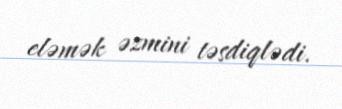
eləmək əzmini təsdiqlədi.